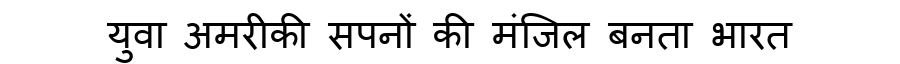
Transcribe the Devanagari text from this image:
युवा अमरीकी सपनों की मंजिल बनता भारत